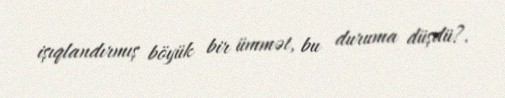
işıqlandırmış böyük bir ümmət, bu duruma düşdü?.